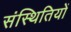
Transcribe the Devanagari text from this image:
संस्थितियों